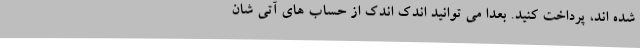
شده اند، پرداخت کنید. بعدا می توانید اندک اندک از حساب های آتی شان